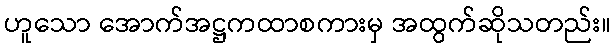
ဟူသော အောက်အဋ္ဌကထာစကားမှ အထွက်ဆိုသတည်း။